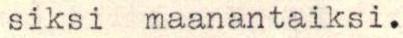
siksi maanantaiksi.